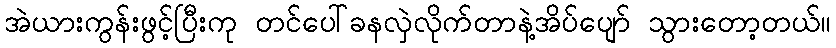
အဲယားကွန်းဖွင့်ပြီးကု တင်ပေါ်ခနလှဲလိုက်တာနဲ့အိပ်ပျော် သွားတော့တယ်။